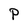
Character: P